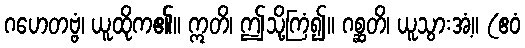
ဂဟေတဗ္ဗံ၊ ယူထိုက၏။ ဣတိ၊ ဤသို့ကြံ၍။ ဂစ္ဆတိ၊ ယူသွားအံ့။ (ဧဝံ